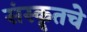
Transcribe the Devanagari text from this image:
संस्कॄतचे